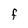
Character: f